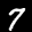
Label: 7